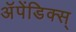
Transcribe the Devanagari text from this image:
अॅपेंडिक्स्